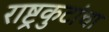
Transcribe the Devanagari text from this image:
राष्ट्रकुटांचा